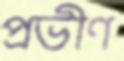
প্রভীণ